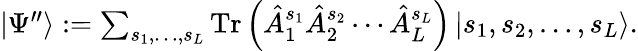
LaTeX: \textstyle|\Psi^{\prime\prime}\rangle:=\sum_{s_{1},\dotsc,s_{L}}\operatorname{Tr}\left(\hat{A}_{1}^{s_{1}}\hat{A}_{2}^{s_{2}}\dotsb\hat{A}_{L}^{s_{L}}\right)\, |s_{1},s_{2},\dotsc,s_{L}\rangle.